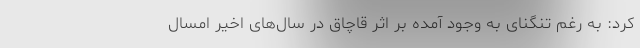
کرد: به رغم تنگنای به وجود آمده بر اثر قاچاق در سال‌های اخیر امسال